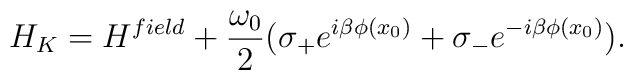
H_K =H^{field}+\frac{ \omega_0}{2} (\sigma_+ e^{i\beta \phi(x_0)}+\sigma_- e^{-i\beta \phi(x_0)}).